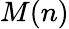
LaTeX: M(n)